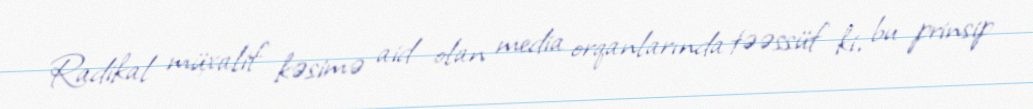
Radikal müxalif kəsimə aid olan media orqanlarında təəssüf ki, bu prinsip